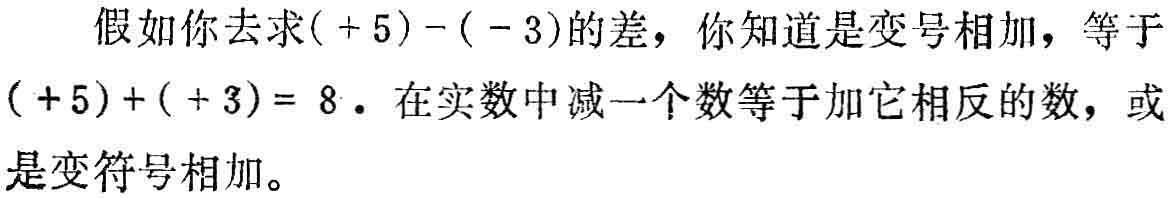
假如你去求\(( + 5)-( - 3)\)的差，你知道是变号相加，等于\(( + 5)+( + 3)= 8\)。在实数中减一个数等于加它相反的数，或是变符号相加。